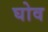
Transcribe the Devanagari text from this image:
घोव